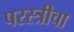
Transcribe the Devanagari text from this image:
परस्त्रीचा